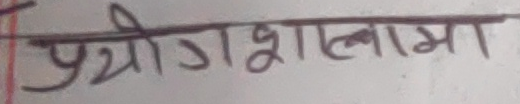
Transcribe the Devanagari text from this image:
प्रयोगशालामा